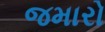
જમારો